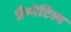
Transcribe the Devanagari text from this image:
प्रैग्मेटिस्म